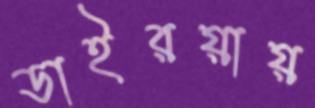
ডাইরয়ায়